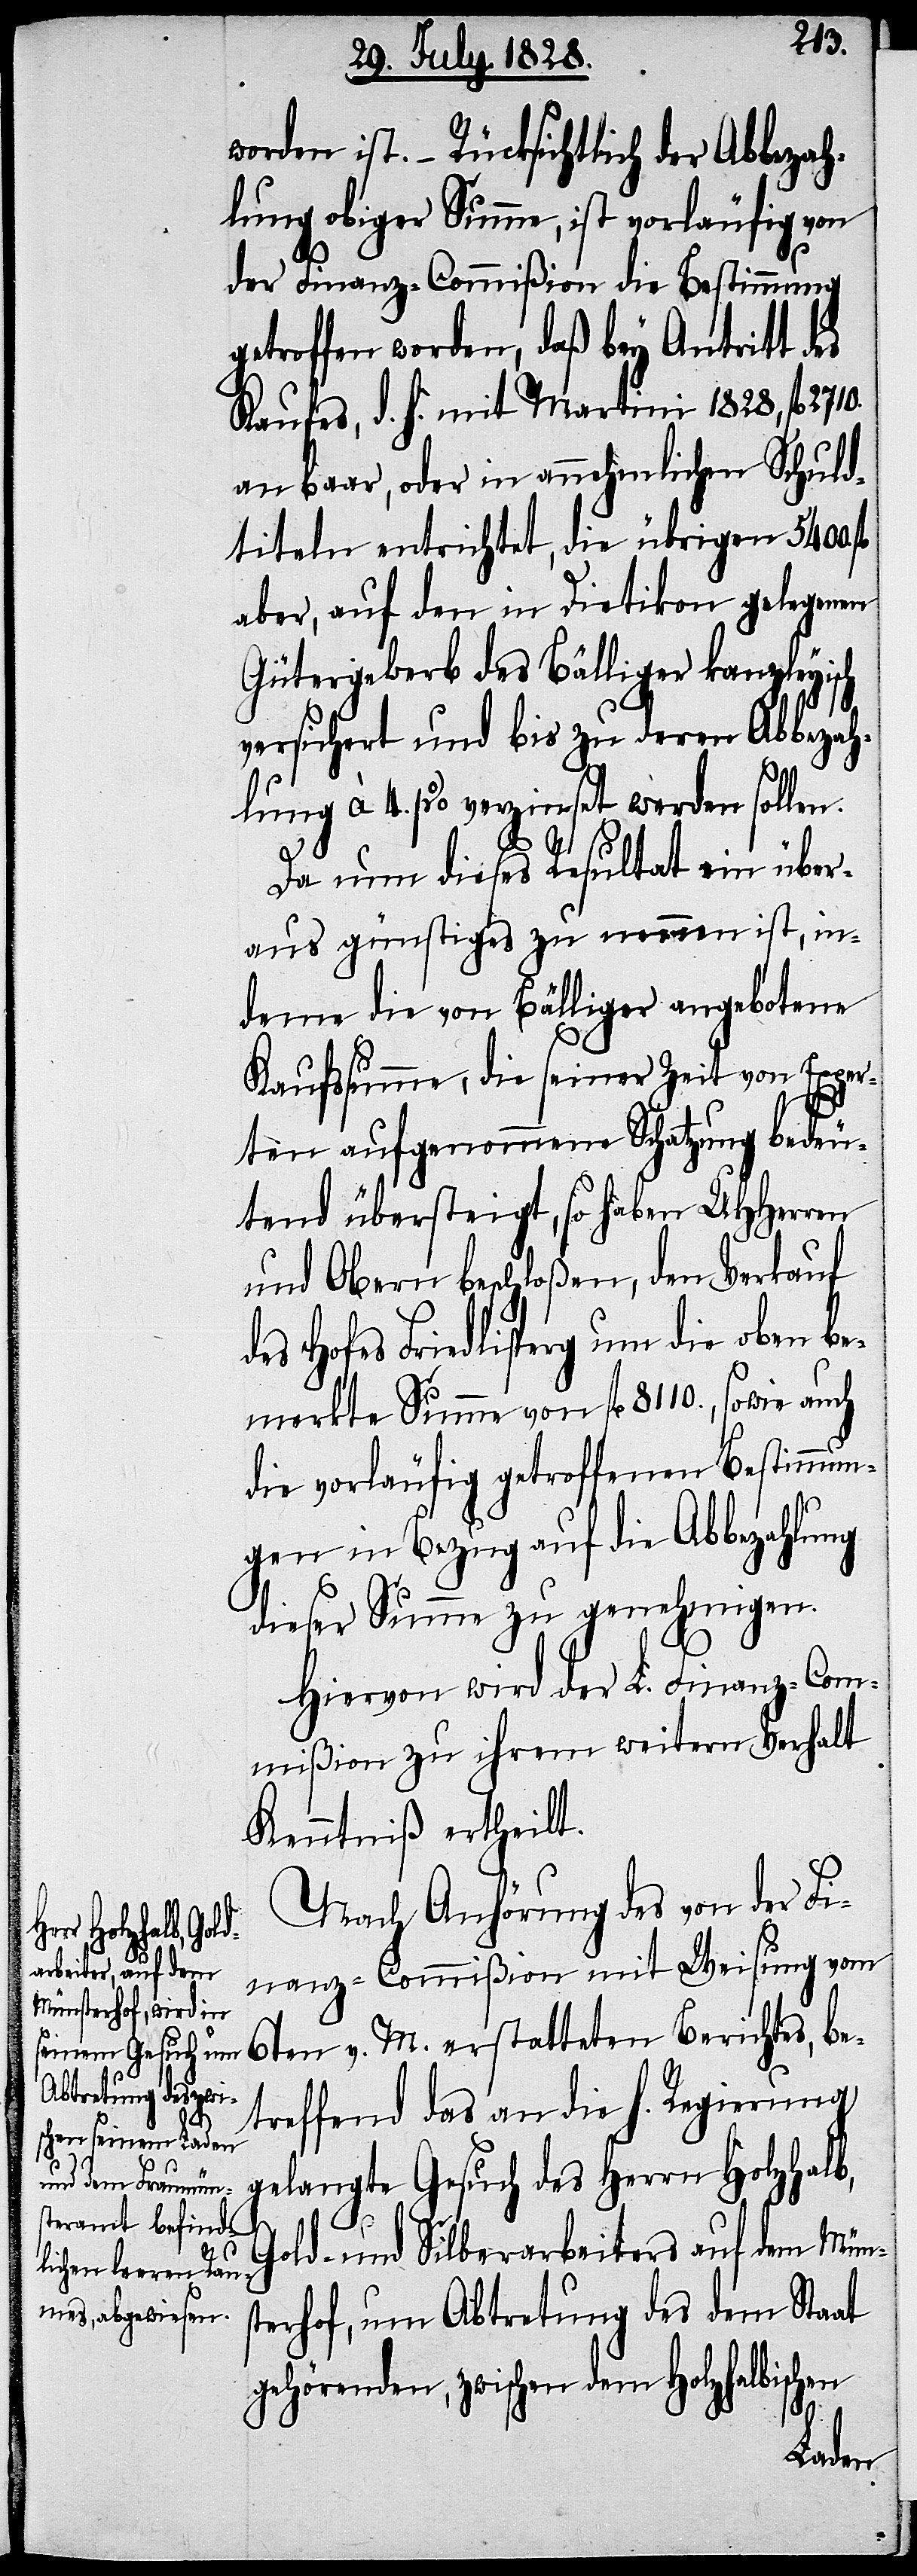
2710.
worden ist. – Rücksichtlich der Abbezah¬
lung obiger Summe, ist vorläufig von
der Finanz-Commißion die Bestimmung
getroffen worden, daß bey Antritt des
Kaufes, d. H. mit Martini 1828, fl.
an baar, oder in annehmlichen Schuld¬
titeln entrichtet, die übrigen 5400.
aber, auf den in Dietikon gelegenen
Gütergewerb des Bälliger kanzleyisch
versichert und bis zu deren Abbezah¬
lung à 4. % verzinset werden sollen.
Da nun dieses Resultat ein über¬
aus günstiges zu nennen ist, in¬
deme die von Bälliger angebotene
Kaufssumme, die seiner Zeit von Exper¬
ten aufgenommene Schatzung bedeu¬
tend übersteigt, so haben UHHerren
und Obern beschloßen, den Verkauf
des Hofes Friedlisperg um die oben be¬
merkte Summe von fl. 8110., so wie auch
die vorläufig getroffenen Bestimmun¬
gen in Bezug auf die Abbezahlung
dieser Summe zu genehmigen.
Hiervon wird der L. Finanz-Com¬
mißion zu ihrem weitern Verhalt
Kenntniß ertheilt.
Nach Anhörung des von der Fi¬
nanz-Commißion mit Weisung vom
6ten v. M. erstatteten Berichtes, be¬
treffend das an die h. Regierung
gelangte Gesuch des Herrn Holzhalb,
Gold- und Silberarbeiters auf dem Müns¬
terhof, um Abtretung des dem Staat
gehörenden, zwischen dem Holzhalbischen